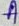
Text: A